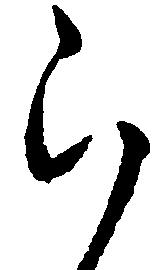
ら